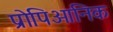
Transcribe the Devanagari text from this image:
प्रोपिओनिक